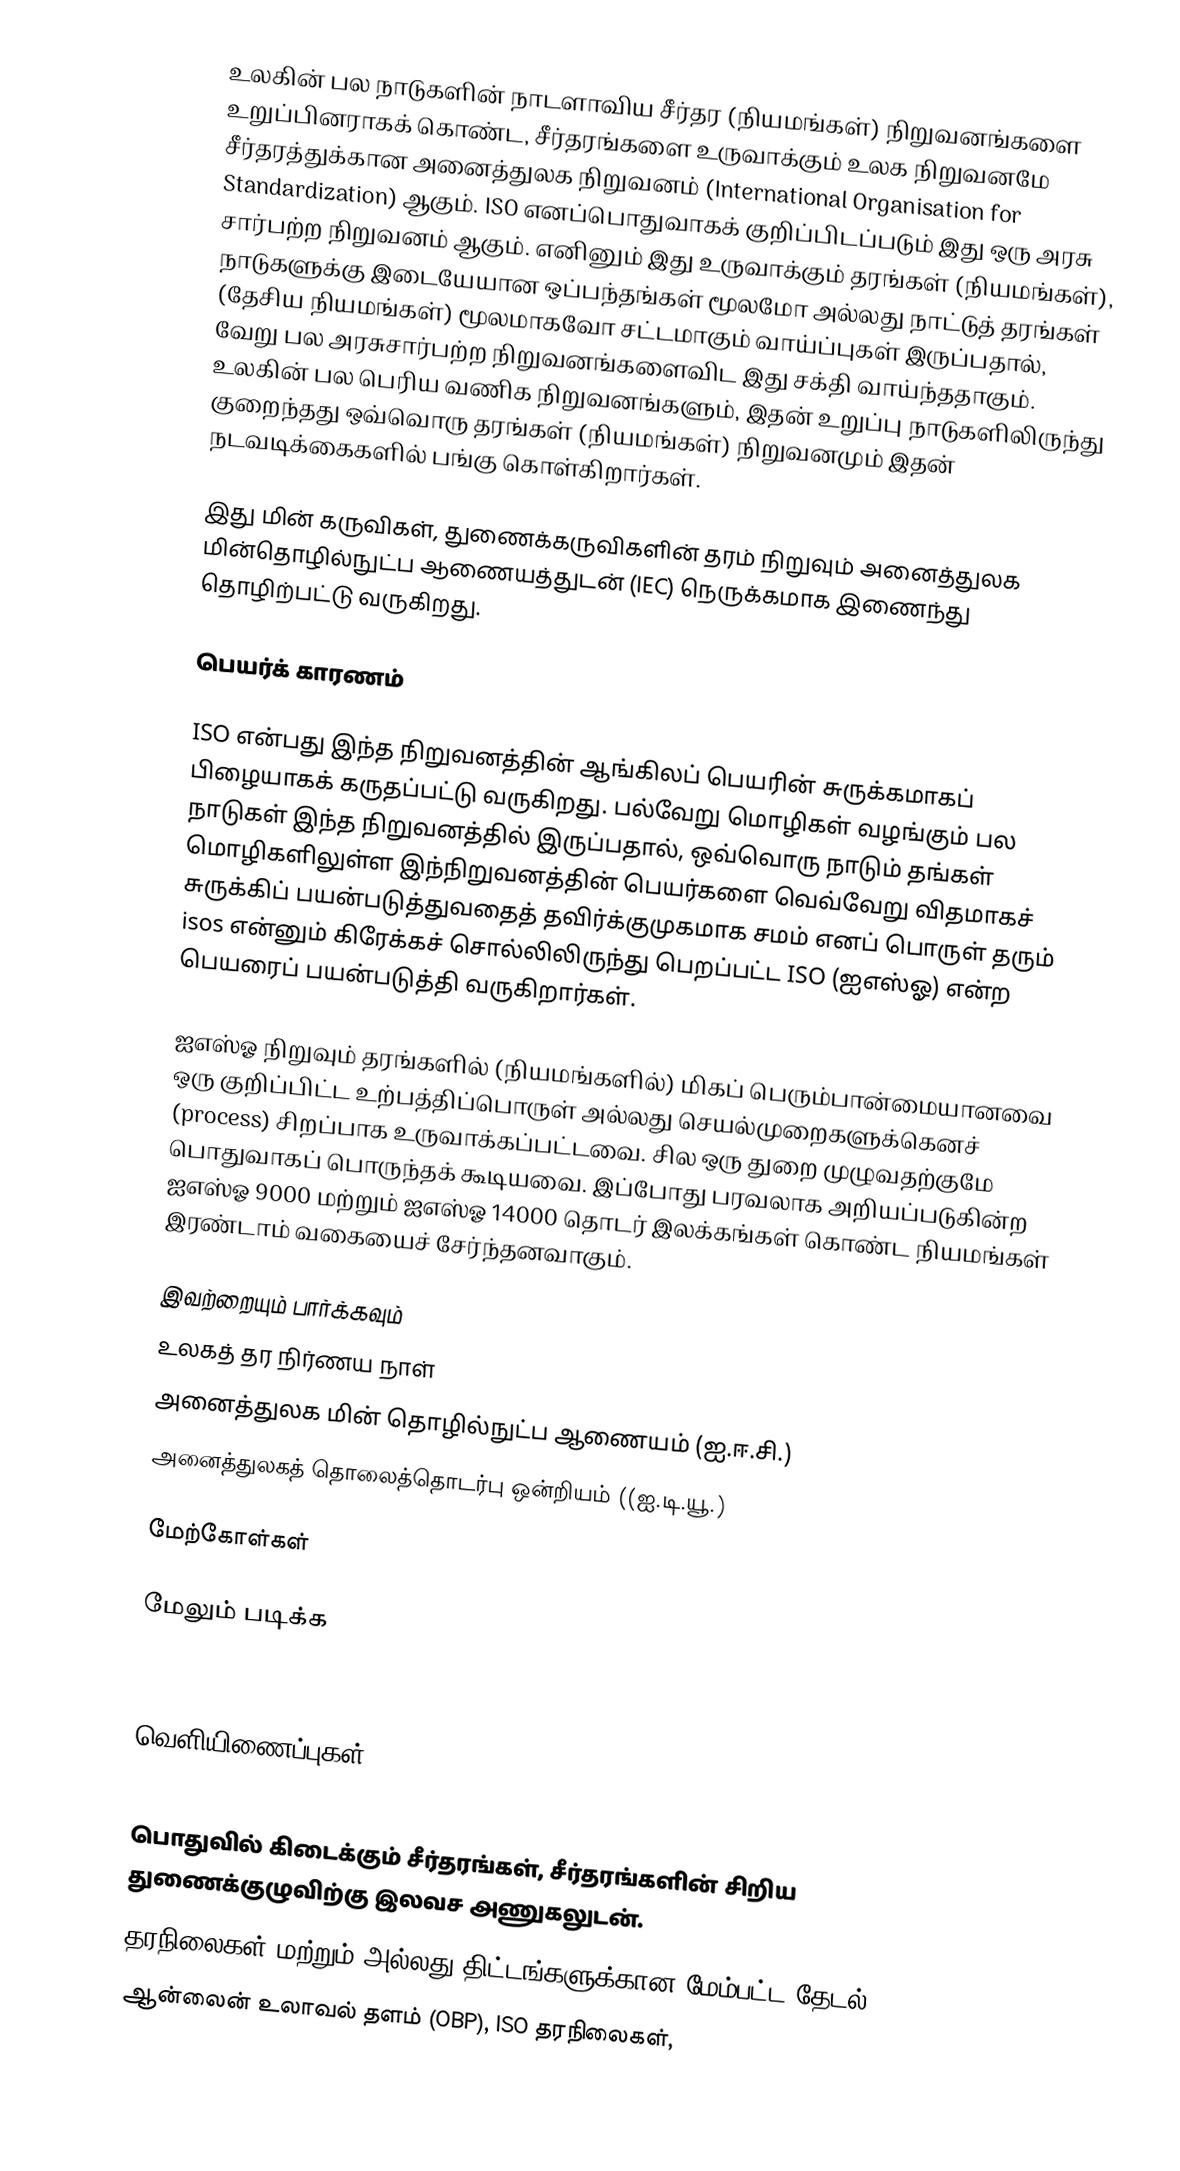
உலகின் பல நாடுகளின் நாடளாவிய சீர்தர (நியமங்கள்) நிறுவனங்களை உறுப்பினராகக் கொண்ட, சீர்தரங்களை உருவாக்கும் உலக நிறுவனமே சீர்தரத்துக்கான அனைத்துலக நிறுவனம் (International Organisation for Standardization) ஆகும். ISO எனப்பொதுவாகக் குறிப்பிடப்படும் இது ஒரு அரசு சார்பற்ற நிறுவனம் ஆகும். எனினும் இது உருவாக்கும் தரங்கள் (நியமங்கள்), நாடுகளுக்கு இடையேயான ஒப்பந்தங்கள் மூலமோ அல்லது நாட்டுத் தரங்கள் (தேசிய நியமங்கள்) மூலமாகவோ சட்டமாகும் வாய்ப்புகள் இருப்பதால், வேறு பல அரசுசார்பற்ற நிறுவனங்களைவிட இது சக்தி வாய்ந்ததாகும். உலகின் பல பெரிய வணிக நிறுவனங்களும், இதன் உறுப்பு நாடுகளிலிருந்து குறைந்தது ஒவ்வொரு தரங்கள் (நியமங்கள்) நிறுவனமும் இதன் நடவடிக்கைகளில் பங்கு கொள்கிறார்கள்.

இது மின் கருவிகள், துணைக்கருவிகளின் தரம் நிறுவும் அனைத்துலக மின்தொழில்நுட்ப ஆணையத்துடன் (IEC) நெருக்கமாக இணைந்து தொழிற்பட்டு வருகிறது.

பெயர்க் காரணம்

ISO என்பது இந்த நிறுவனத்தின் ஆங்கிலப் பெயரின் சுருக்கமாகப் பிழையாகக் கருதப்பட்டு வருகிறது. பல்வேறு மொழிகள் வழங்கும் பல நாடுகள் இந்த நிறுவனத்தில் இருப்பதால், ஒவ்வொரு நாடும் தங்கள் மொழிகளிலுள்ள இந்நிறுவனத்தின் பெயர்களை வெவ்வேறு விதமாகச் சுருக்கிப் பயன்படுத்துவதைத் தவிர்க்குமுகமாக சமம் எனப் பொருள் தரும் isos என்னும் கிரேக்கச் சொல்லிலிருந்து பெறப்பட்ட ISO (ஐஎஸ்ஓ) என்ற பெயரைப் பயன்படுத்தி வருகிறார்கள்.

ஐஎஸ்ஓ நிறுவும் தரங்களில் (நியமங்களில்) மிகப் பெரும்பான்மையானவை ஒரு குறிப்பிட்ட உற்பத்திப்பொருள் அல்லது செயல்முறைகளுக்கெனச் (process) சிறப்பாக உருவாக்கப்பட்டவை. சில ஒரு துறை முழுவதற்குமே பொதுவாகப் பொருந்தக் கூடியவை. இப்போது பரவலாக அறியப்படுகின்ற ஐஎஸ்ஓ 9000 மற்றும் ஐஎஸ்ஓ 14000 தொடர் இலக்கங்கள் கொண்ட நியமங்கள் இரண்டாம் வகையைச் சேர்ந்தனவாகும்.

இவற்றையும் பார்க்கவும்
 உலகத் தர நிர்ணய நாள்
 அனைத்துலக மின் தொழில்நுட்ப ஆணையம் (ஐ.ஈ.சி.)
 அனைத்துலகத் தொலைத்தொடர்பு ஒன்றியம் ((ஐ.டி.யூ.)

மேற்கோள்கள்

மேலும் படிக்க

  MIT Innovations and Entrepreneurship Seminar Series.

வெளியிணைப்புகள்

 பொதுவில் கிடைக்கும் சீர்தரங்கள், சீர்தரங்களின் சிறிய துணைக்குழுவிற்கு இலவச அணுகலுடன்.
 தரநிலைகள் மற்றும்/அல்லது திட்டங்களுக்கான மேம்பட்ட தேடல்
 ஆன்லைன் உலாவல் தளம் (OBP), ISO தரநிலைகள்,